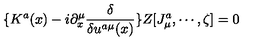
\{ K ^ { a } ( x ) - i \partial _ { x } ^ { \mu } \frac \delta { \delta u ^ { a \mu } ( x ) } \} Z [ J _ { \mu } ^ { a } , \cdots , \zeta ] = 0